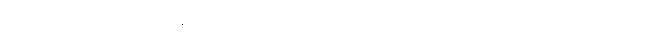
(၆) ဒက္ခိဏေယျတ္တိ - ရဟန်းသံဃာကောင်း၊ သရဏဂုံသီလရှိသူ လူကောင်းသူကောင်းဟူသော အလှူ